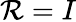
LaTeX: \mathcal{R}=I